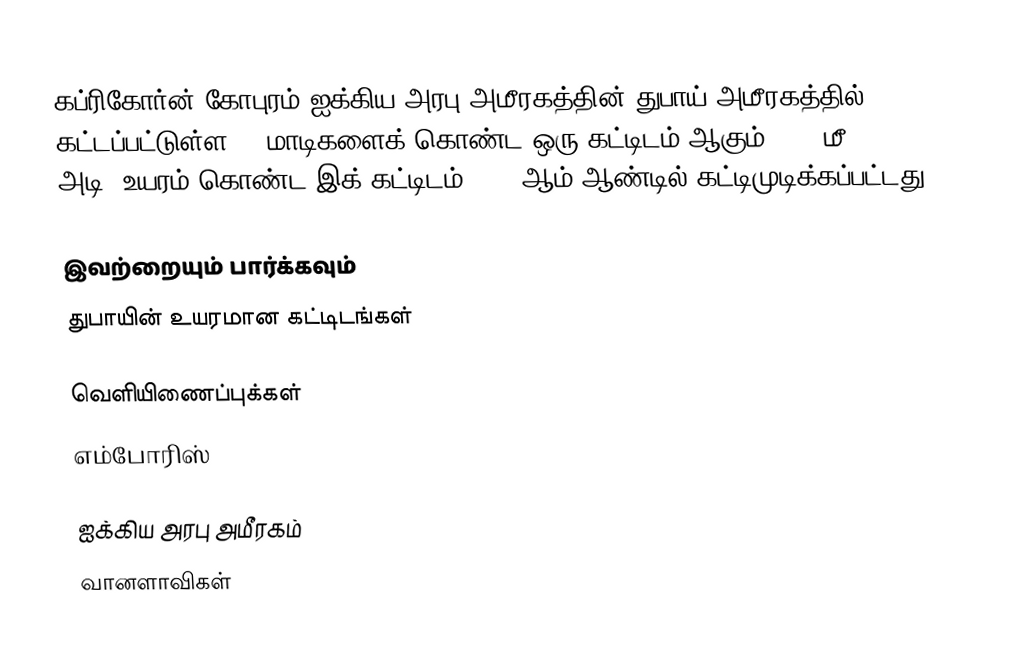
கப்ரிகோர்ன் கோபுரம் ஐக்கிய அரபு அமீரகத்தின் துபாய் அமீரகத்தில் கட்டப்பட்டுள்ள 46 மாடிகளைக் கொண்ட ஒரு கட்டிடம் ஆகும். 185 மீ (605 அடி) உயரம் கொண்ட இக் கட்டிடம் 2003 ஆம் ஆண்டில் கட்டிமுடிக்கப்பட்டது.

இவற்றையும் பார்க்கவும்
 துபாயின் உயரமான கட்டிடங்கள்

வெளியிணைப்புக்கள்
எம்போரிஸ்

ஐக்கிய அரபு அமீரகம்
வானளாவிகள்